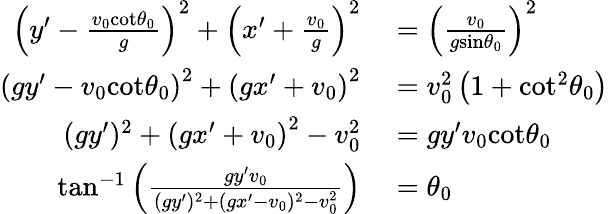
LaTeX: \begin{array}{rl}{\left(y^{\prime}-\frac{v_{0}\textrm{cot}\theta_{0}}{g}\right)^{2}+\left(x^{\prime}+\frac{v_{0}}{g}\right)^{2}}&{{}=\left(\frac{v_{0}}{g\textrm{sin}\theta_{0}}\right)^{2}}\\ {\left(gy^{\prime}-v_{0}\textrm{cot}\theta_{0}\right)^{2}+\left(gx^{\prime}+v_{0}\right)^{2}}&{{}=v_{0}^{2}\left(1+\textrm{cot}^{2}\theta_{0}\right)}\\ {(gy^{\prime})^{2}+\left(gx^{\prime}+v_{0}\right)^{2}-v_{0}^{2}}&{{}=gy^{\prime}v_{0}\textrm{cot}\theta_{0}}\\ {\textrm{tan}^{-1}\left(\frac{gy^{\prime}v_{0}}{(gy^{\prime})^{2}+(gx^{\prime}-v_{0})^{2}-v_{0}^{2}}\right)}&{{}=\theta_{0}}\end{array}